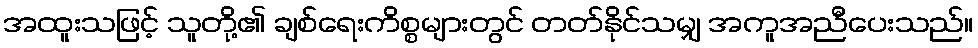
အထူးသဖြင့် သူတို့၏ ချစ်ရေးကိစ္စများတွင် တတ်နိုင်သမျှ အကူအညီပေးသည်။